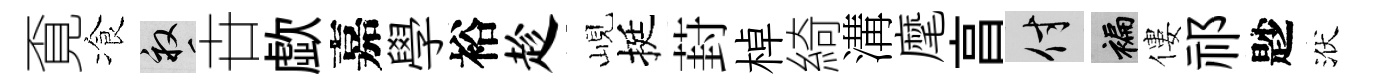
覔飡畝卋歔嘉學裕趁峴挺葑棹綺溝麾亯付褊僂祁尟洑